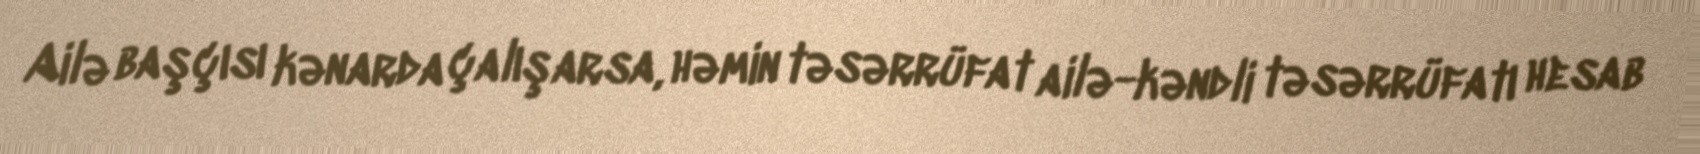
Ailə başçısı kənarda çalışarsa, həmin təsərrüfat ailə-kəndli təsərrüfatı hesab